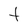
Character: t